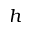
h